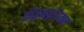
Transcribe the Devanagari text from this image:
तोड़मड़ोरकर